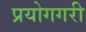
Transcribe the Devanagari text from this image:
प्रयोगगरी